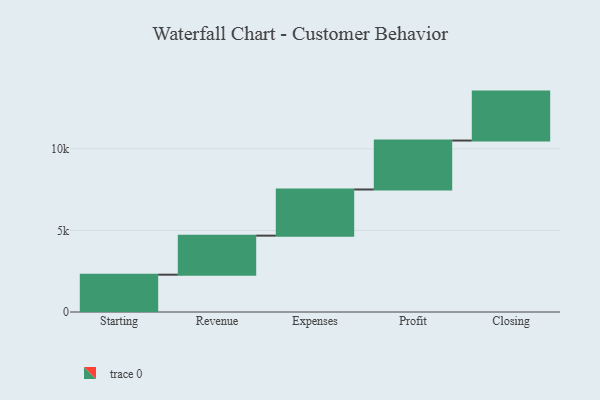
{"axis": {"x": "Step", "y": "Value"}, "legend": [""], "data": [{"x": "Starting", "y": 2288.0, "type": ""}, {"x": "Revenue", "y": 2393.0, "type": ""}, {"x": "Expenses", "y": 2830.0, "type": ""}, {"x": "Profit", "y": 3000, "type": ""}, {"x": "Closing", "y": 3000, "type": ""}]}